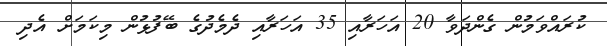
ކުރައްވަމުން ގެންދަވާ 20 އަހަރާއި 35 އަހަރާއި ދެމެދުގެ ބޭފުޅުން މިކަމަށް އެދި